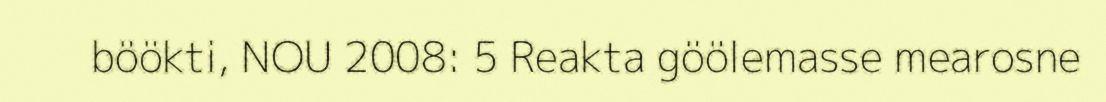
böökti, NOU 2008: 5 Reakta göölemasse mearosne